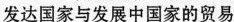
发达国家与发展中国家的贸易